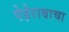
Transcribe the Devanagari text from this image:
पेहेरावाचा